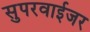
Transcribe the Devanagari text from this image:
सुपरवाईजर